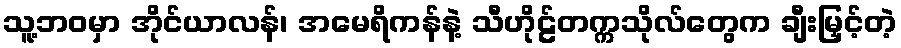
သူ့ဘဝမှာ အိုင်ယာလန်၊ အမေရိကန်နဲ့ သီဟိုဠ်တက္ကသိုလ်တွေက ချီးမြှင့်တဲ့